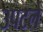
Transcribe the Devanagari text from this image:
उपटले